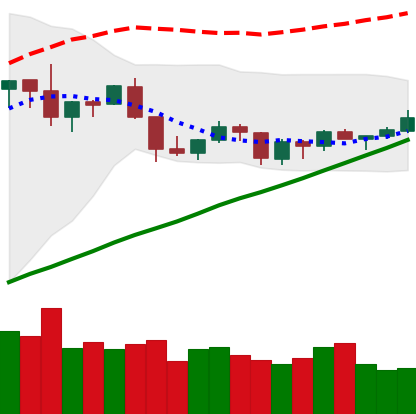
Ticker: XLM-USD
Chart end date: 2019-06-16
Forward return: -4.443%
Label: down_3_5